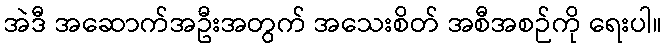
အဲဒီ အဆောက်အဦးအတွက် အသေးစိတ် အစီအစဉ်ကို ရေးပါ။